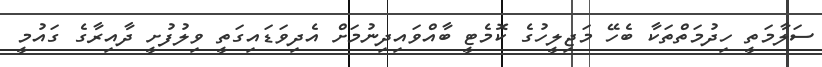
ސަލާމަތީ ހިދުމަތްތަކާ ބެހޭ މަޖިލީހުގެ ކޮމެޓީ ބާއްވައިދިނުމަށް އެދިވަޑައިގަތީ ވިލުފުށީ ދާއިރާގެ ގައުމީ